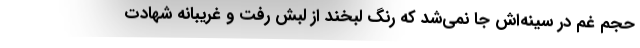
حجم غم در سینه‌اش جا نمی‌شد که رنگ لبخند از لبش رفت و غریبانه شهادت